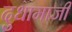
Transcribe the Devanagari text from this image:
दुधामाजीं